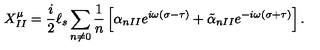
X _ { I I } ^ { \mu } = \frac { i } { 2 } { \ell } _ { s } \sum _ { n \neq 0 } \frac { 1 } { n } \left[ \alpha _ { n I I } e ^ { i \omega ( \sigma - \tau ) } + \tilde { \alpha } _ { n I I } e ^ { - i \omega ( \sigma + \tau ) } \right] .